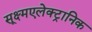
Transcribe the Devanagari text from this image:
सूक्ष्मएलेक्ट्रानिक